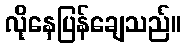
လိုနေပြန်ချေသည်။